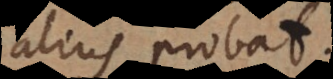
alius probat.